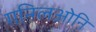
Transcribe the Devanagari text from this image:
गन्ग्लिओनि